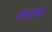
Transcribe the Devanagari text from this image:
एप्लायड